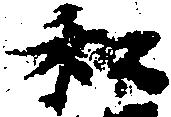
私